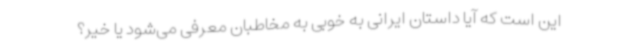
این است که آیا داستان ایرانی به خوبی به مخاطبان معرفی می‌شود یا خیر؟